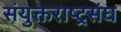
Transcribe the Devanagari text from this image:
संयुक्तराष्ट्रसंघ